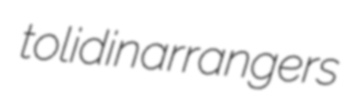
tolidin arrangers